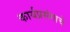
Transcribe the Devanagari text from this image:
कार्यप्रसंगाचे